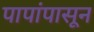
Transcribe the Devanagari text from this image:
पापांपासून